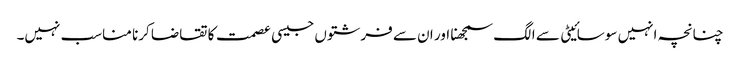
چنانچہ انہیں سوسائیٹی سے الگ سمجھنا اور ان سے فرشتوں جیسی عصمت کا تقاضا کرنا مناسب نہیں۔